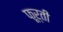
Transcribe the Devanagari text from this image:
फूर्ती